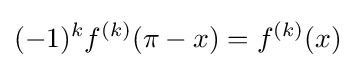
(-1)^{k}f^{(k)}(\pi -x)=f^{(k)}(x)